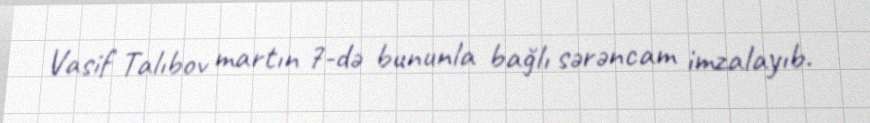
Vasif Talıbov martın 7-də bununla bağlı sərəncam imzalayıb.